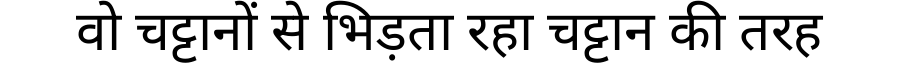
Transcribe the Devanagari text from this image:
वो चट्टानों से भिड़ता रहा चट्टान की तरह